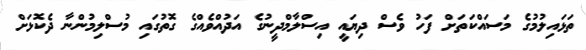
ތަޅައިލުމުގެ މަސައްކަތަށް ފަހު ވެސް ދިޔައީ އިސްލާމްދީނުގެ އަދުއްވެއްގެ ގޮތުގައި މުސްލިމުންނާ ދެކޮޅަށް